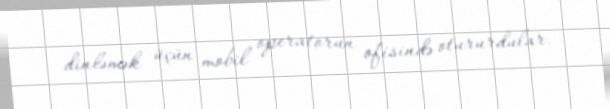
dinləmək üçün mobil operatorun ofisində otururdular.